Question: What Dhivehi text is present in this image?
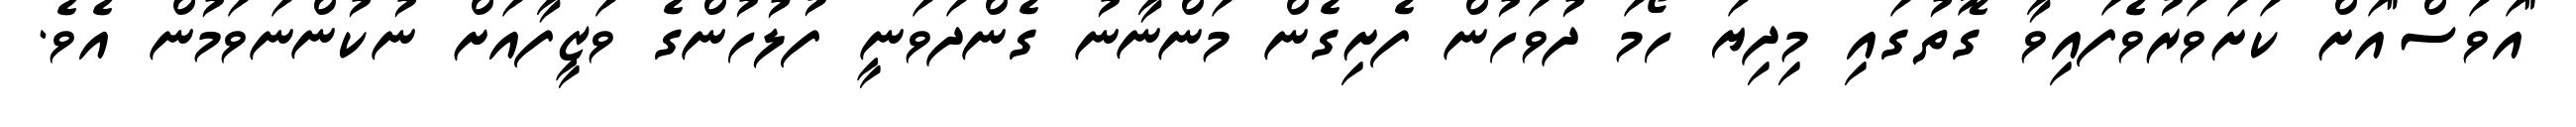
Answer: "އަވަސް"އަށް ކަށަވަރުވެފައިވާ ގޮތުގައި މިދިޔަ ހޯމަ ދުވަހުން ފެށިގެން މަންނާނު ގެންދަވަނީ ފުލުހުންގެ ވަޒީފާއަށް ނުކުންނަވަމުން އެވެ.